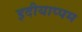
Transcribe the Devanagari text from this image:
इदीयाप्पम